Enquiry on enteric fever in India - Number 32
Disease focus: Fever
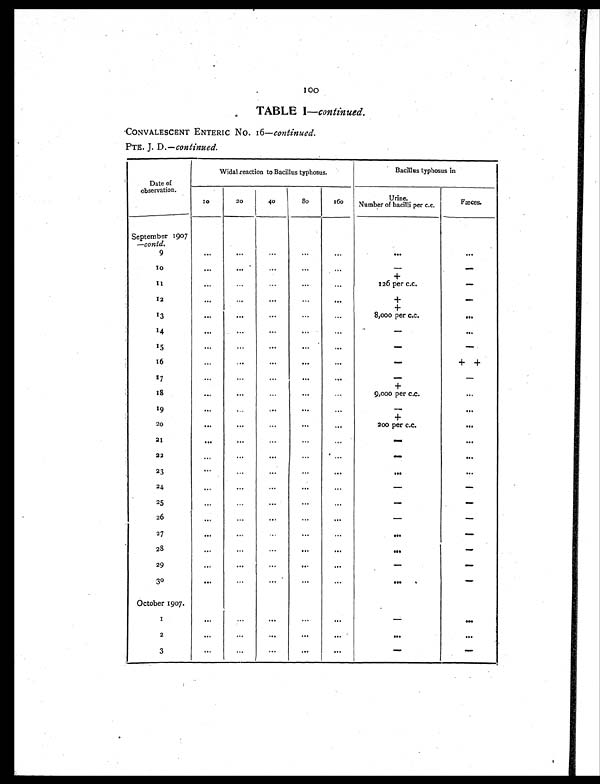
TABLE I —continued.
CONVALESCENT ENTERIC No. 16— continued.
PTE. J. D.— continued.
Date of
observation.
Widal.reaction to Bacillus typhosus.
Bacillus typhosus in
1 0 20
40
80
160
Urine.
Number of bacilli per c.c.
Fæces.
September 1907
—contd.
9
. . . ...
...
... ...
. . .
. . .
1 0
. . .
. . .
...
. . . ...
-
-
1 1
...
. . .
...
...
...
+
126 per c.c.
-
12
. . .
...
. . .
. . .
. . .
+
-
13
. . .
. . .
...
...
. . .
+
8,000 per c.c.
. . .
14
. . .
. . .
. . . ...
. . .
-
. . .
15
. . .
. . .
. . .
. . .
. . .
-
-
16
...
. . .
...
. . .
. . .
-
+ +
17
...
. . .
...
...
. . .
-
-
1 8
. . .
. . .
. . .
. . .
. . .
+
9,000 per c.c.
. . .
19
. . .
...
. . .
. . .
. . .
-
. . .
20
. . . ...
. . .
. . .
. . .
+
200 per c.c.
. . .
21
...
...
. . .
. . .
. . .
-
. . .
22
. . .
...
. . .
. . .
. . .
-
. . .
23
...
. . .
...
. . .
. . .
. . .
. . .
24
. . .
. . .
. . .
. . .
. . .
-
-
25
...
. . .
. . . . . .
. . .
-
-
26
. . .
. . .
. .
.
. . .
. . .
-
-
27
. . . ...
. . .
. . . ...
. . .
-
2 8
...
. . .
. . .
. . .
. . .
. . .
-
29
. . .
. . .
...
. . .
. . .
-
. . .
30
. . .
. . .
... ...
...
. . .
-
October 1907.
1
. . .
. . .
. . .
. . .
. . . -
. . .
2
. . .
...
. . .
. . .
. . .
. . .
. . .
3
... ...
. . .
. . .
. . .
. . .
. . .